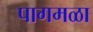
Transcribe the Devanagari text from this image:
पागमळा